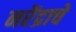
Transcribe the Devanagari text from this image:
नरेंद्राचे